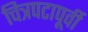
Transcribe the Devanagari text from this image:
चित्रपटापूर्वी